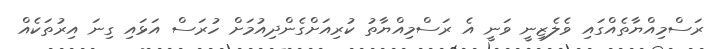
ރަސްމިއްޔާތެއްގައި ވެލެޒިނީ ވަނީ އެ ރަސްމިއްޔާތު ކުރިއަށްގެންދިއުމަށް ހުރަސް އަޅައި ގިނަ އިރުތަކެއް